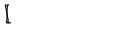
{ \lfloor { \hspace { 0 . 3 5 p t } } \! \! \! \lceil \, }